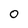
Character: 0